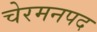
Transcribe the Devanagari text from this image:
चेरमनपद